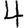
Digit: 4